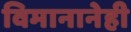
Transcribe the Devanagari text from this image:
विमानानेही